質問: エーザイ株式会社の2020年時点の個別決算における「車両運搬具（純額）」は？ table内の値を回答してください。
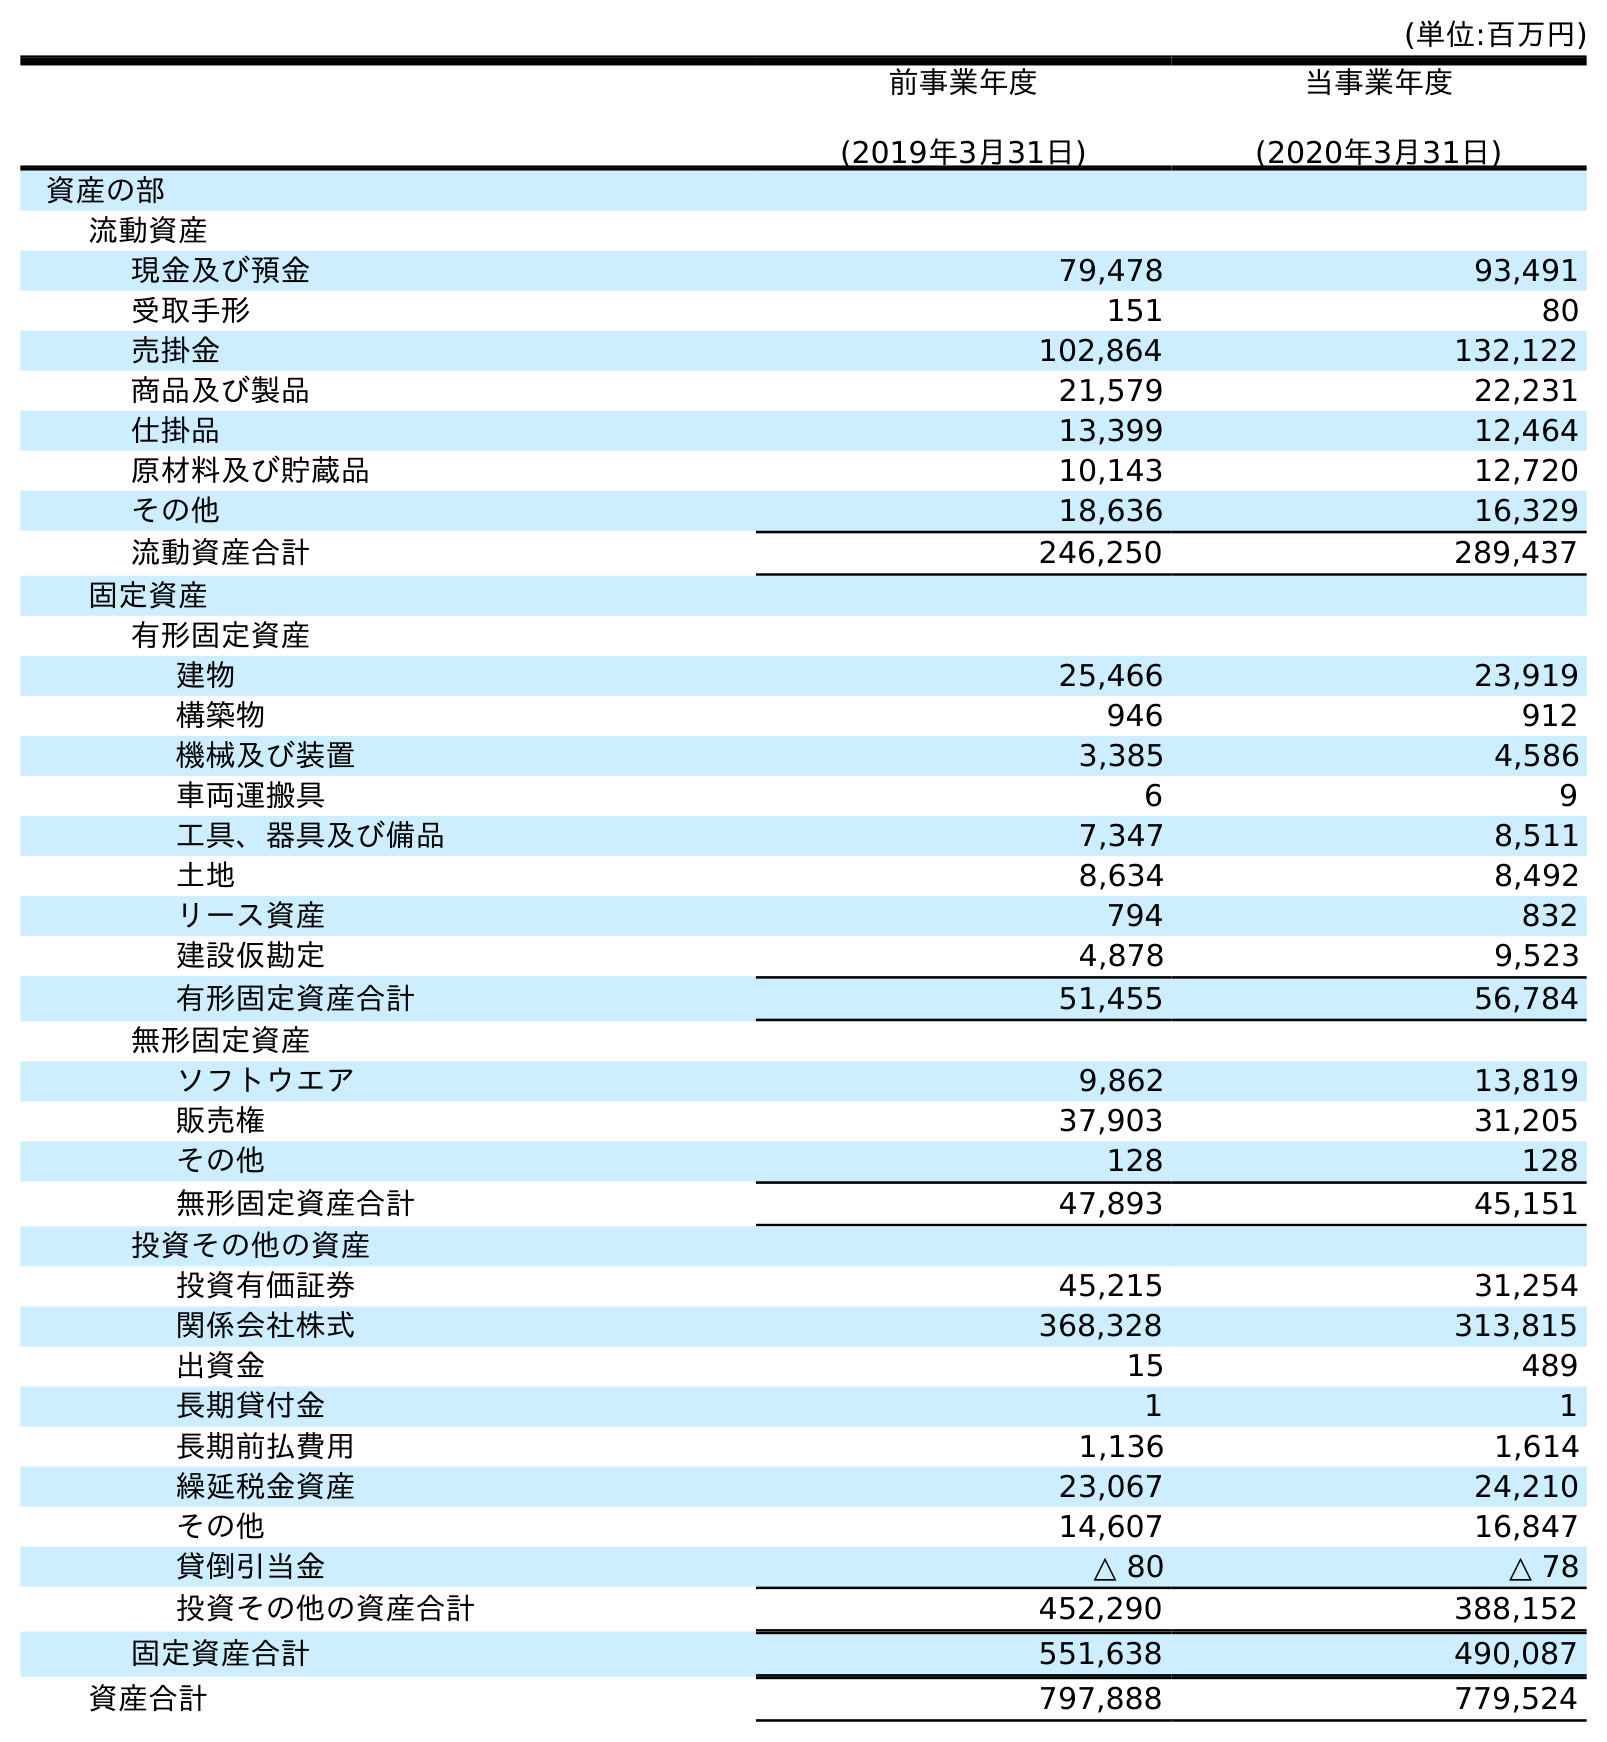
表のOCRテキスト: (単位:百万円) 前事業年度 (2019年3月31日) 当事業年度 (2020年3月31日) 資産の部 流動資産 現金及び預金 79,478 93,491 受取手形 151 80 売掛金 102,864 132,122 商品及び製品 21,579 22,231 仕掛品 13,399 12,464 原材料及び貯蔵品 10,143 12,720 その他 18,636 16,329 流動資産合計 246,250 289,437 固定資産 有形固定資産 建物 25,466 23,919 構築物 946 912 機械及び装置 3,385 4,586 車両運搬具 6 9 工具、器具及び備品 7,347 8,511 土地 8,634 8,492 リース資産 794 832 建設仮勘定 4,878 9,523 有形固定資産合計 51,455 56,784 無形固定資産 ソフトウエア 9,862 13,819 販売権 37,903 31,205 その他 128 128 無形固定資産合計 47,893 45,151 投資その他の資産 投資有価証券 45,215 31,254 関係会社株式 368,328 313,815 出資金 15 489 長期貸付金 1 1 長期前払費用 1,136 1,614 繰延税金資産 23,067 24,210 その他 14,607 16,847 貸倒引当金 △ 80 △ 78 投資その他の資産合計 452,290 388,152 固定資産合計 551,638 490,087 資産合計 797,888 779,524
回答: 9